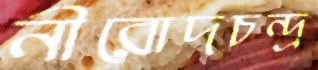
নীরোদচন্দ্র